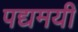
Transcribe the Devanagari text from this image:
पद्यमयी